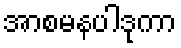
အာစမနပါဒုကာ